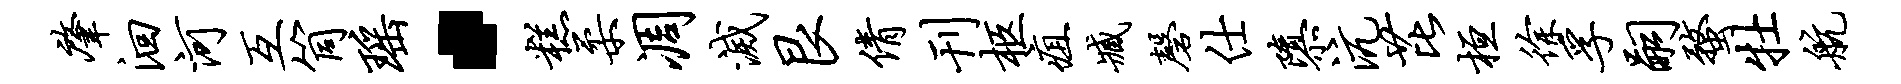
肇洄河互筒瑶·糕柔凋灭艮倩刊柩疽臧磬仕隳沆芘桓徐孚嗣蝥牡航